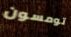
تومسون